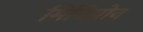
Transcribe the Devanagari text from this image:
मिनियोन